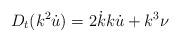
LaTeX: \begin{align*}D_t(k^2\dot{u})=2\dot{k}k\dot{u}+k^3\nu\end{align*}